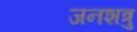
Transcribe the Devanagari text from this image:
जनशत्रु